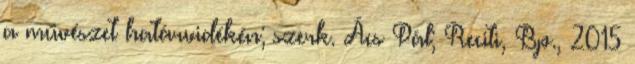
a művészet határvidékén; szerk. Ács Pál; Reciti, Bp., 2015